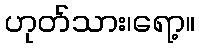
ဟုတ်သား၊ရော့။